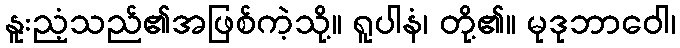
နူးညံ့သည်၏အဖြစ်ကဲ့သို့။ ရူပါနံ၊ တို့၏။ မုဒုဘာဝေါ၊